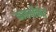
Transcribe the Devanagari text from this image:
काबर्बोनेट